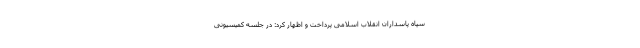
سپاه پاسداران انقلاب اسلامی پرداخت و اظهار کرد: در جلسه‌ کمیسیونی